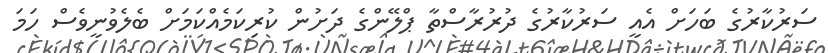
ސަރުކާރުގެ ބަހަށް އެއީ ސަރުކާރުގެ ދުރުރާސްތާ ޕްލޭންގެ ދަށުން ކުރިކަމެއްކަމަށް ބެލެވުނީވެސް ހަމަ